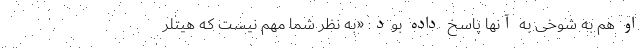
او هم به شوخی به آنها پاسخ داده بود: «به نظر شما مهم نیست که هیتلر